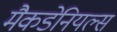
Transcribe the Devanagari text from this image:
मैकडेनियल्स